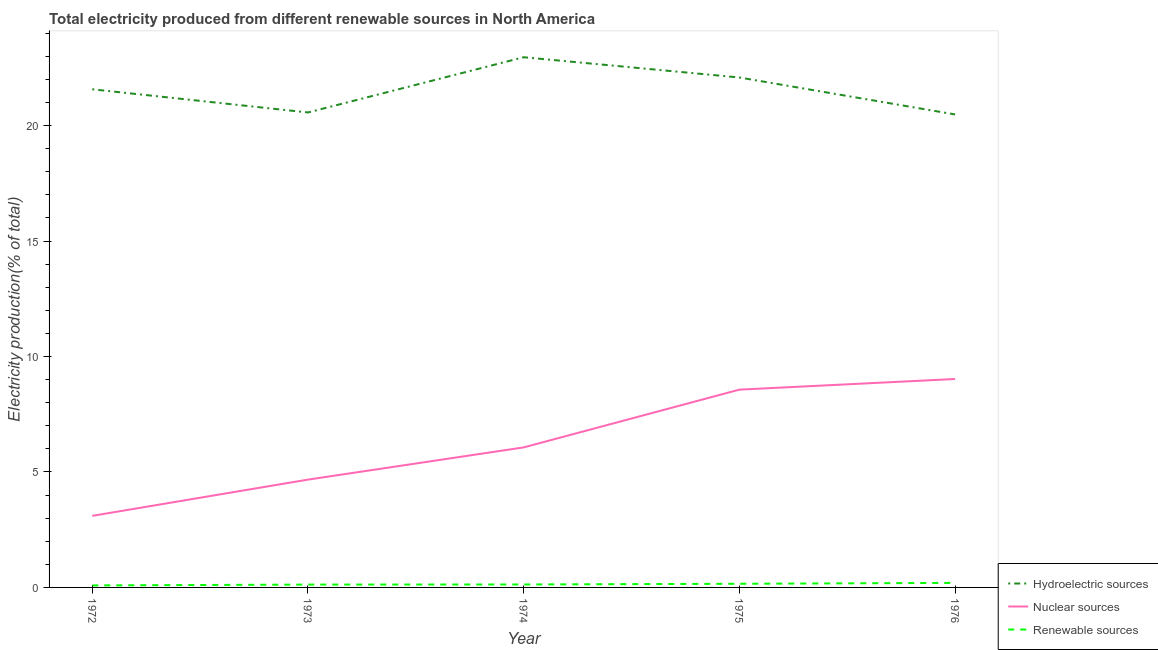
| Year | Hydroelectric sources | Nuclear sources | Renewable sources |
 | --- | --- | --- | --- |
 | 1972 | 21.6 | 3.1 | 0.0876 |
 | 1973 | 20.6 | 4.67 | 0.123 |
 | 1974 | 23 | 6.06 | 0.128 |
 | 1975 | 22.1 | 8.57 | 0.158 |
 | 1976 | 20.5 | 9.03 | 0.197 |